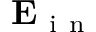
\mathbf E _ { \mathrm { ~ i ~ n ~ } }